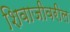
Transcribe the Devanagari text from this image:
शिवाजीवरील